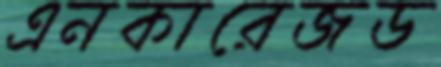
এনকারেজড